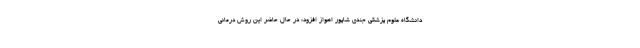
دانشگاه علوم پزشکی جندی شاپور اهواز افزود: در حال حاضر این روش درمانی